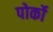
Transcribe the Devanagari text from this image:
पोर्को